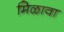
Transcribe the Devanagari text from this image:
मिळावा